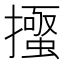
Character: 𭢰